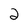
Character: 2